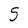
Character: S